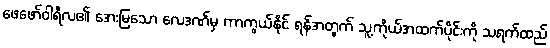
ဖေဖော်ဝါရီလ၏ အေးမြသော လေဒဏ်မှ ကာကွယ်နိုင် ရန်အတွက် သူ့ကိုယ်အထက်ပိုင်းကို သရက်ထည်